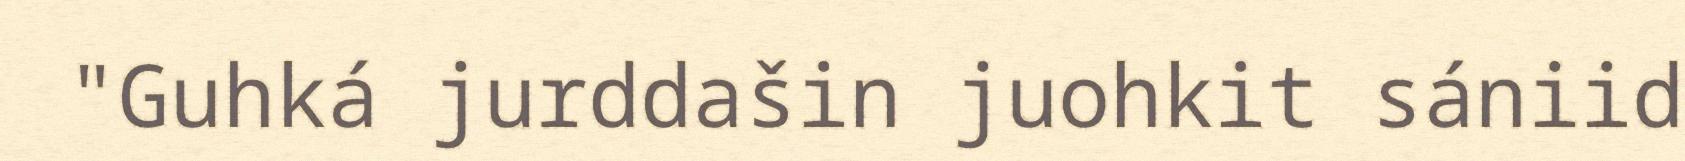
"Guhká jurddašin juohkit sániid